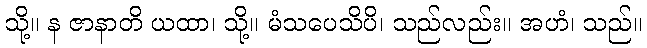
သို့။ န ဇာနာတိ ယထာ၊ သို့။ မံသပေသိပိ၊ သည်လည်း။ အဟံ၊ သည်။